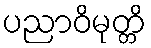
ပညာဝိမုတ္တိ